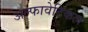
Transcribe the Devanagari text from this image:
अल्फावेटिकल